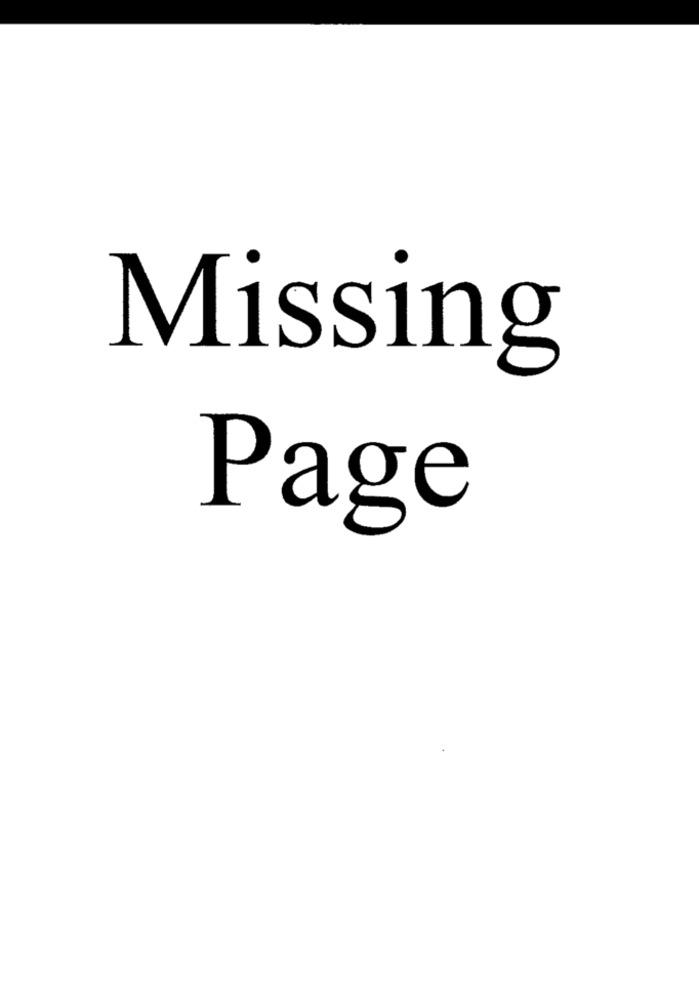
Missing
Page